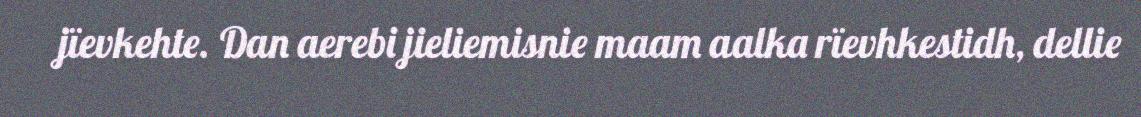
jïevkehte. Dan aerebi jieliemisnie maam aalka rïevhkestidh, dellie